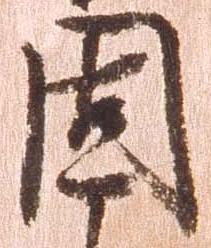
固